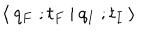
\: \langle \: q _ { F } \; ; t _ { F } \: | \: q _ { I } \; ; t _ { I } \: \rangle \: